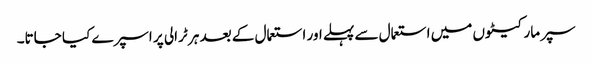
سپر مارکیٹوں میں استعمال سے پہلے اور استعمال کے بعد ہر ٹرالی پر اسپرے کیا جاتا۔